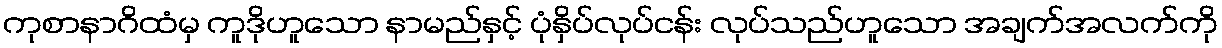
ကုစာနာဂိထံမှ ကူဒိုဟူသော နာမည်နှင့် ပုံနှိပ်လုပ်ငန်း လုပ်သည်ဟူသော အချက်အလက်ကို